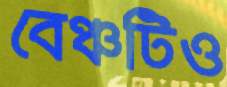
বেঞ্চটিও